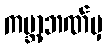
ကမ္ဘာ့ဘဏ်မှ